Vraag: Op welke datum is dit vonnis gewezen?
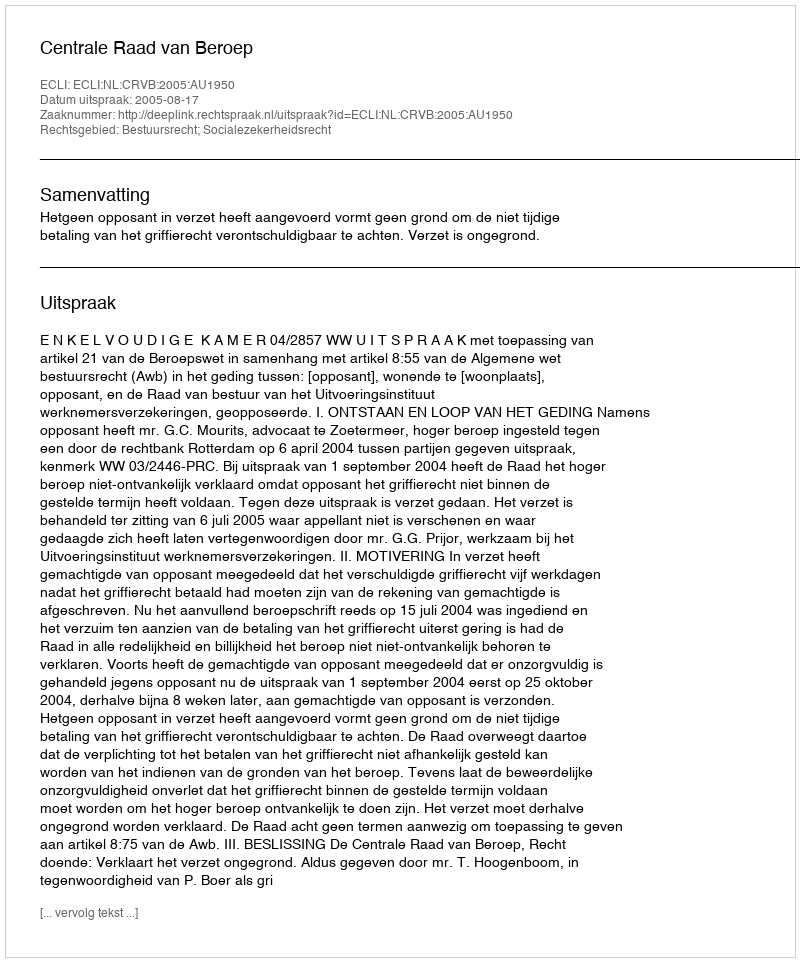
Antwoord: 2005-08-17